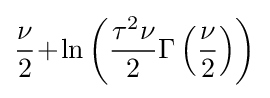
{\frac {\nu }{2}}\!+\!\ln \left({\frac {\tau ^{2}\nu }{2}}\Gamma \left({\frac {\nu }{2}}\right)\right)